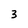
Character: 3